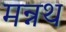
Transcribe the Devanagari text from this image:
मन्नथ